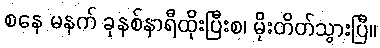
စနေ မနက် ခုနစ်နာရီထိုးပြီးစ၊ မိုးတိတ်သွားပြီ။